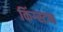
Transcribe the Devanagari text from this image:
किंग्‍स्‍टन